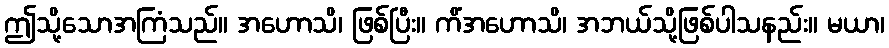
ဤသို့သောအကြံသည်။ အဟောသိ၊ ဖြစ်ပြီး။ ကိံအဟောသိ၊ အဘယ်သို့ဖြစ်ပါသနည်း။ မယာ၊